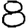
Digit: 8